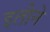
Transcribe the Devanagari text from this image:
इतीने